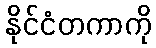
နိုင်ငံတကာကို